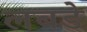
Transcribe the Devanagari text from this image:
लबडे